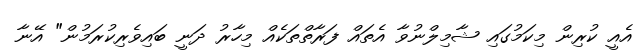
އެއީ ކުރިން މިކަމުގައި ޝާމިލްނުވާ އެތައް ފަރާތްތަކެއް މިހާރު ދަނީ ބައިވެރިކުރަމުން" އޭނާ